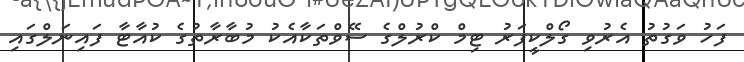
ފަހު ވަގުތު އެރުވި ގޯލްކީޕަރު ޓިމް ކްރުލްގެ ސޭވްތަކާއެކު މުބާރާތުގެ ކުއާޓާ ފައިނަލްގައި